Code of medical and sanitary regulations for the guidance of medical officers serving in the Madras Presidency - Volume II
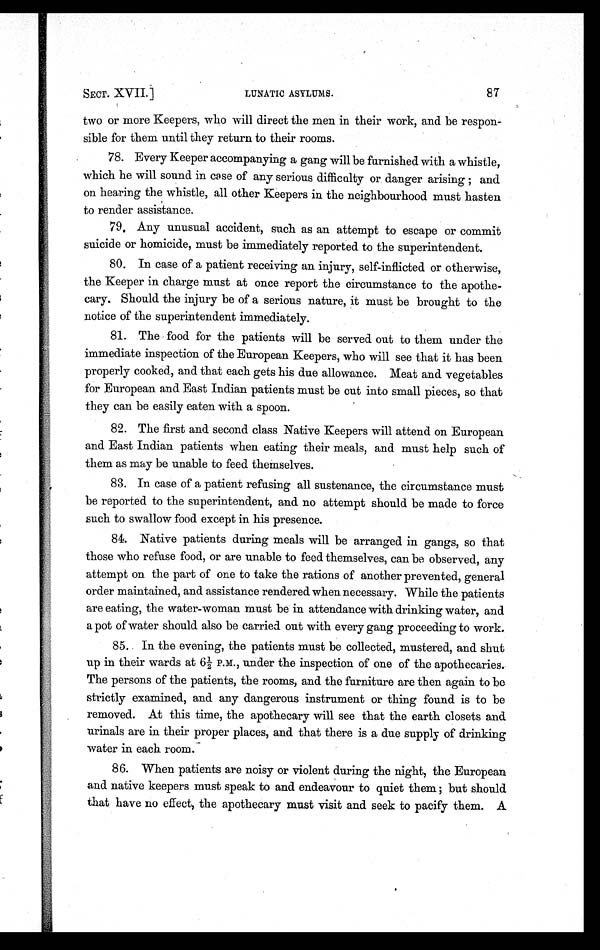
SECT. XVII.]
LUNATIC ASYLUMS.
87
two or more Keepers, who will direct the men in their work, and be respon-
sible for them until they return to their rooms.
78. Every Keeper accompanying a gang will be furnished with a whistle,
which he will sound in case of any serious difficulty or danger arising and
on hearing the whistle, all other Keepers in the neighbourhood must hasten
to render assistance.
79. Any unusual accident, such as an attempt to escape or commit
suicide or homicide, must be immediately reported to the superintendent.
80. In case of a patient receiving an injury, self-inflicted or otherwise,
the Keeper in charge must at once report the circumstance to the apothe-
cary. Should the injury be of a serious nature, it must be brought to the
notice of the superintendent immediately.
81. The food for the patients will be served out to them under the
immediate inspection of the European Keepers, who will see that it has been
properly cooked, and that each gets his due allowance. Meat and vegetables
for European and East Indian patients must be cut into small pieces, so that
they can be easily eaten with a spoon.
82. The first and second class Native Keepers will attend on European
and East Indian patients when eating their meals, and must help such of
them as may be unable to feed themselves.
83. In case of a patient refusing all sustenance, the circumstance must
be reported to the superintendent, and no attempt should be made to force
such to swallow food except in his presence.
84. Native patients during meals will be arranged in gangs, so that
those who refuse food, or are unable to feed themselves, can be observed, any
attempt on the part of one to take the rations of another prevented, general
order maintained, and assistance rendered when necessary. While the patients
are eating, the water-woman must be in attendance with drinking water, and
a pot of water should also be carried out with every gang proceeding to work.
85. In the evening, the patients must be collected, mustered, and shut
up in their wards at 6½ P.M., under the inspection of one of the apothecaries.
The persons of the patients, the rooms, and the furniture are then again to be
strictly examined, and any dangerous instrument or thing found is to be
removed. At this time, the apothecary will see that the earth closets and
urinals are in their proper places, and that there is a due supply of drinking
water in each room.
86. When patients are noisy or violent during the night, the European
and native keepers must speak to and endeavour to quiet them ; but should
that have no effect, the apothecary must visit and seek to pacify them. A